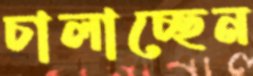
চালাচ্ছেন